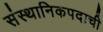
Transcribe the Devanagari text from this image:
संस्थानिकपदाची